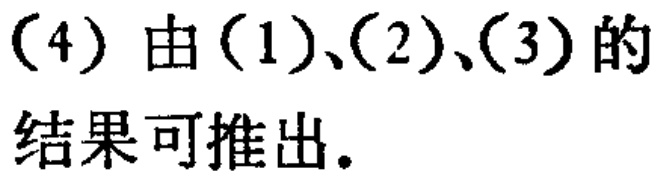
（4）由（1）、（2）、（3）的结果可推出.